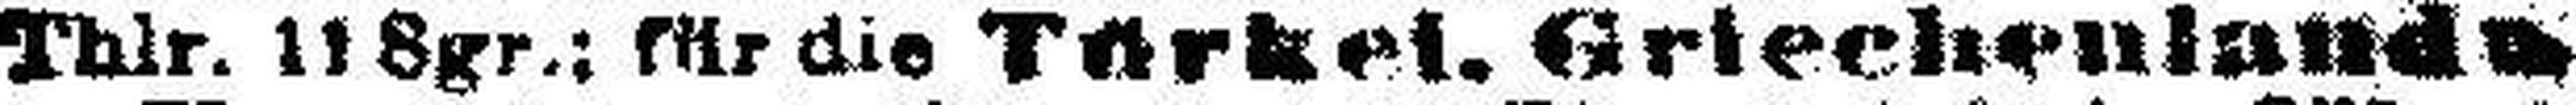
Thlr. 11 Sgr.; für die Türkei. Griechenlands